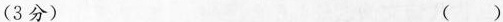
(3分)( )